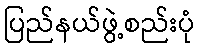
ပြည်နယ်ဖွဲ့စည်းပုံ